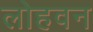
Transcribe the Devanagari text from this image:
लोहवन